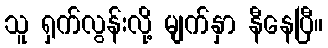
သူ ရှက်လွန်းလို့ မျက်နှာ နီနေပြီ။